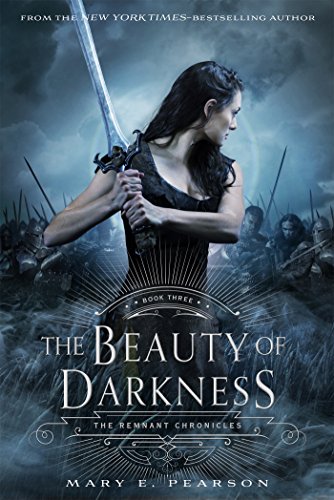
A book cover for The Beauty of Darkness (The Remnant Chronicles); Mary E. Pearson; Teen & Young Adult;